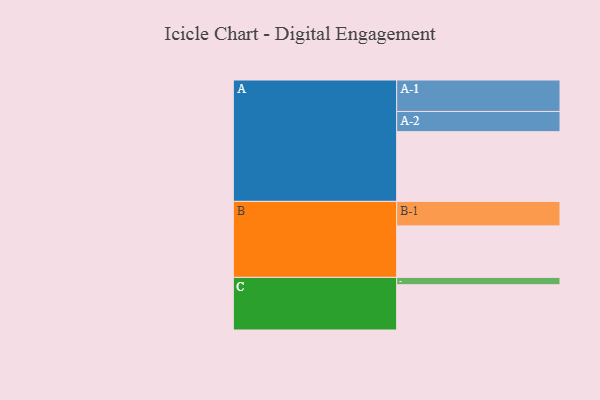
{"axis": {"x": "Segment", "y": "Value"}, "legend": ["", "A", "B", "C"], "data": [{"x": "A", "y": 501, "type": ""}, {"x": "B", "y": 370, "type": ""}, {"x": "C", "y": 325, "type": ""}, {"x": "A-1", "y": 226, "type": "A"}, {"x": "A-2", "y": 145, "type": "A"}, {"x": "B-1", "y": 176, "type": "B"}, {"x": "C-1", "y": 53, "type": "C"}]}